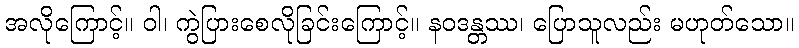
အလိုကြောင့်။ ဝါ၊ ကွဲပြားစေလိုခြင်းကြောင့်။ နဝဒန္တဿ၊ ပြောသူလည်း မဟုတ်သော။